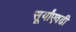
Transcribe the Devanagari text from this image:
सूर्यांएवढी